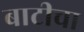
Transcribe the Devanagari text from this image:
बाटीचा